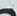
هذا